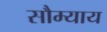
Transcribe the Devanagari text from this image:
सौम्याय